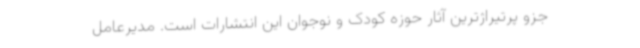
جزو پرتیراژترین آثار حوزه کودک و نوجوان این انتشارات است. مدیرعامل